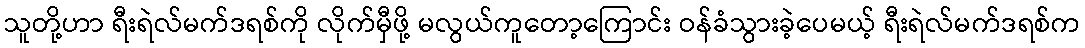
သူတို့ဟာ ရီးရဲလ်မက်ဒရစ်ကို လိုက်မှီဖို့ မလွယ်ကူတော့ကြောင်း ဝန်ခံသွားခဲ့ပေမယ့် ရီးရဲလ်မက်ဒရစ်က